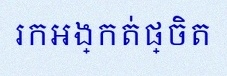
រកអង្កត់ផ្ចិត